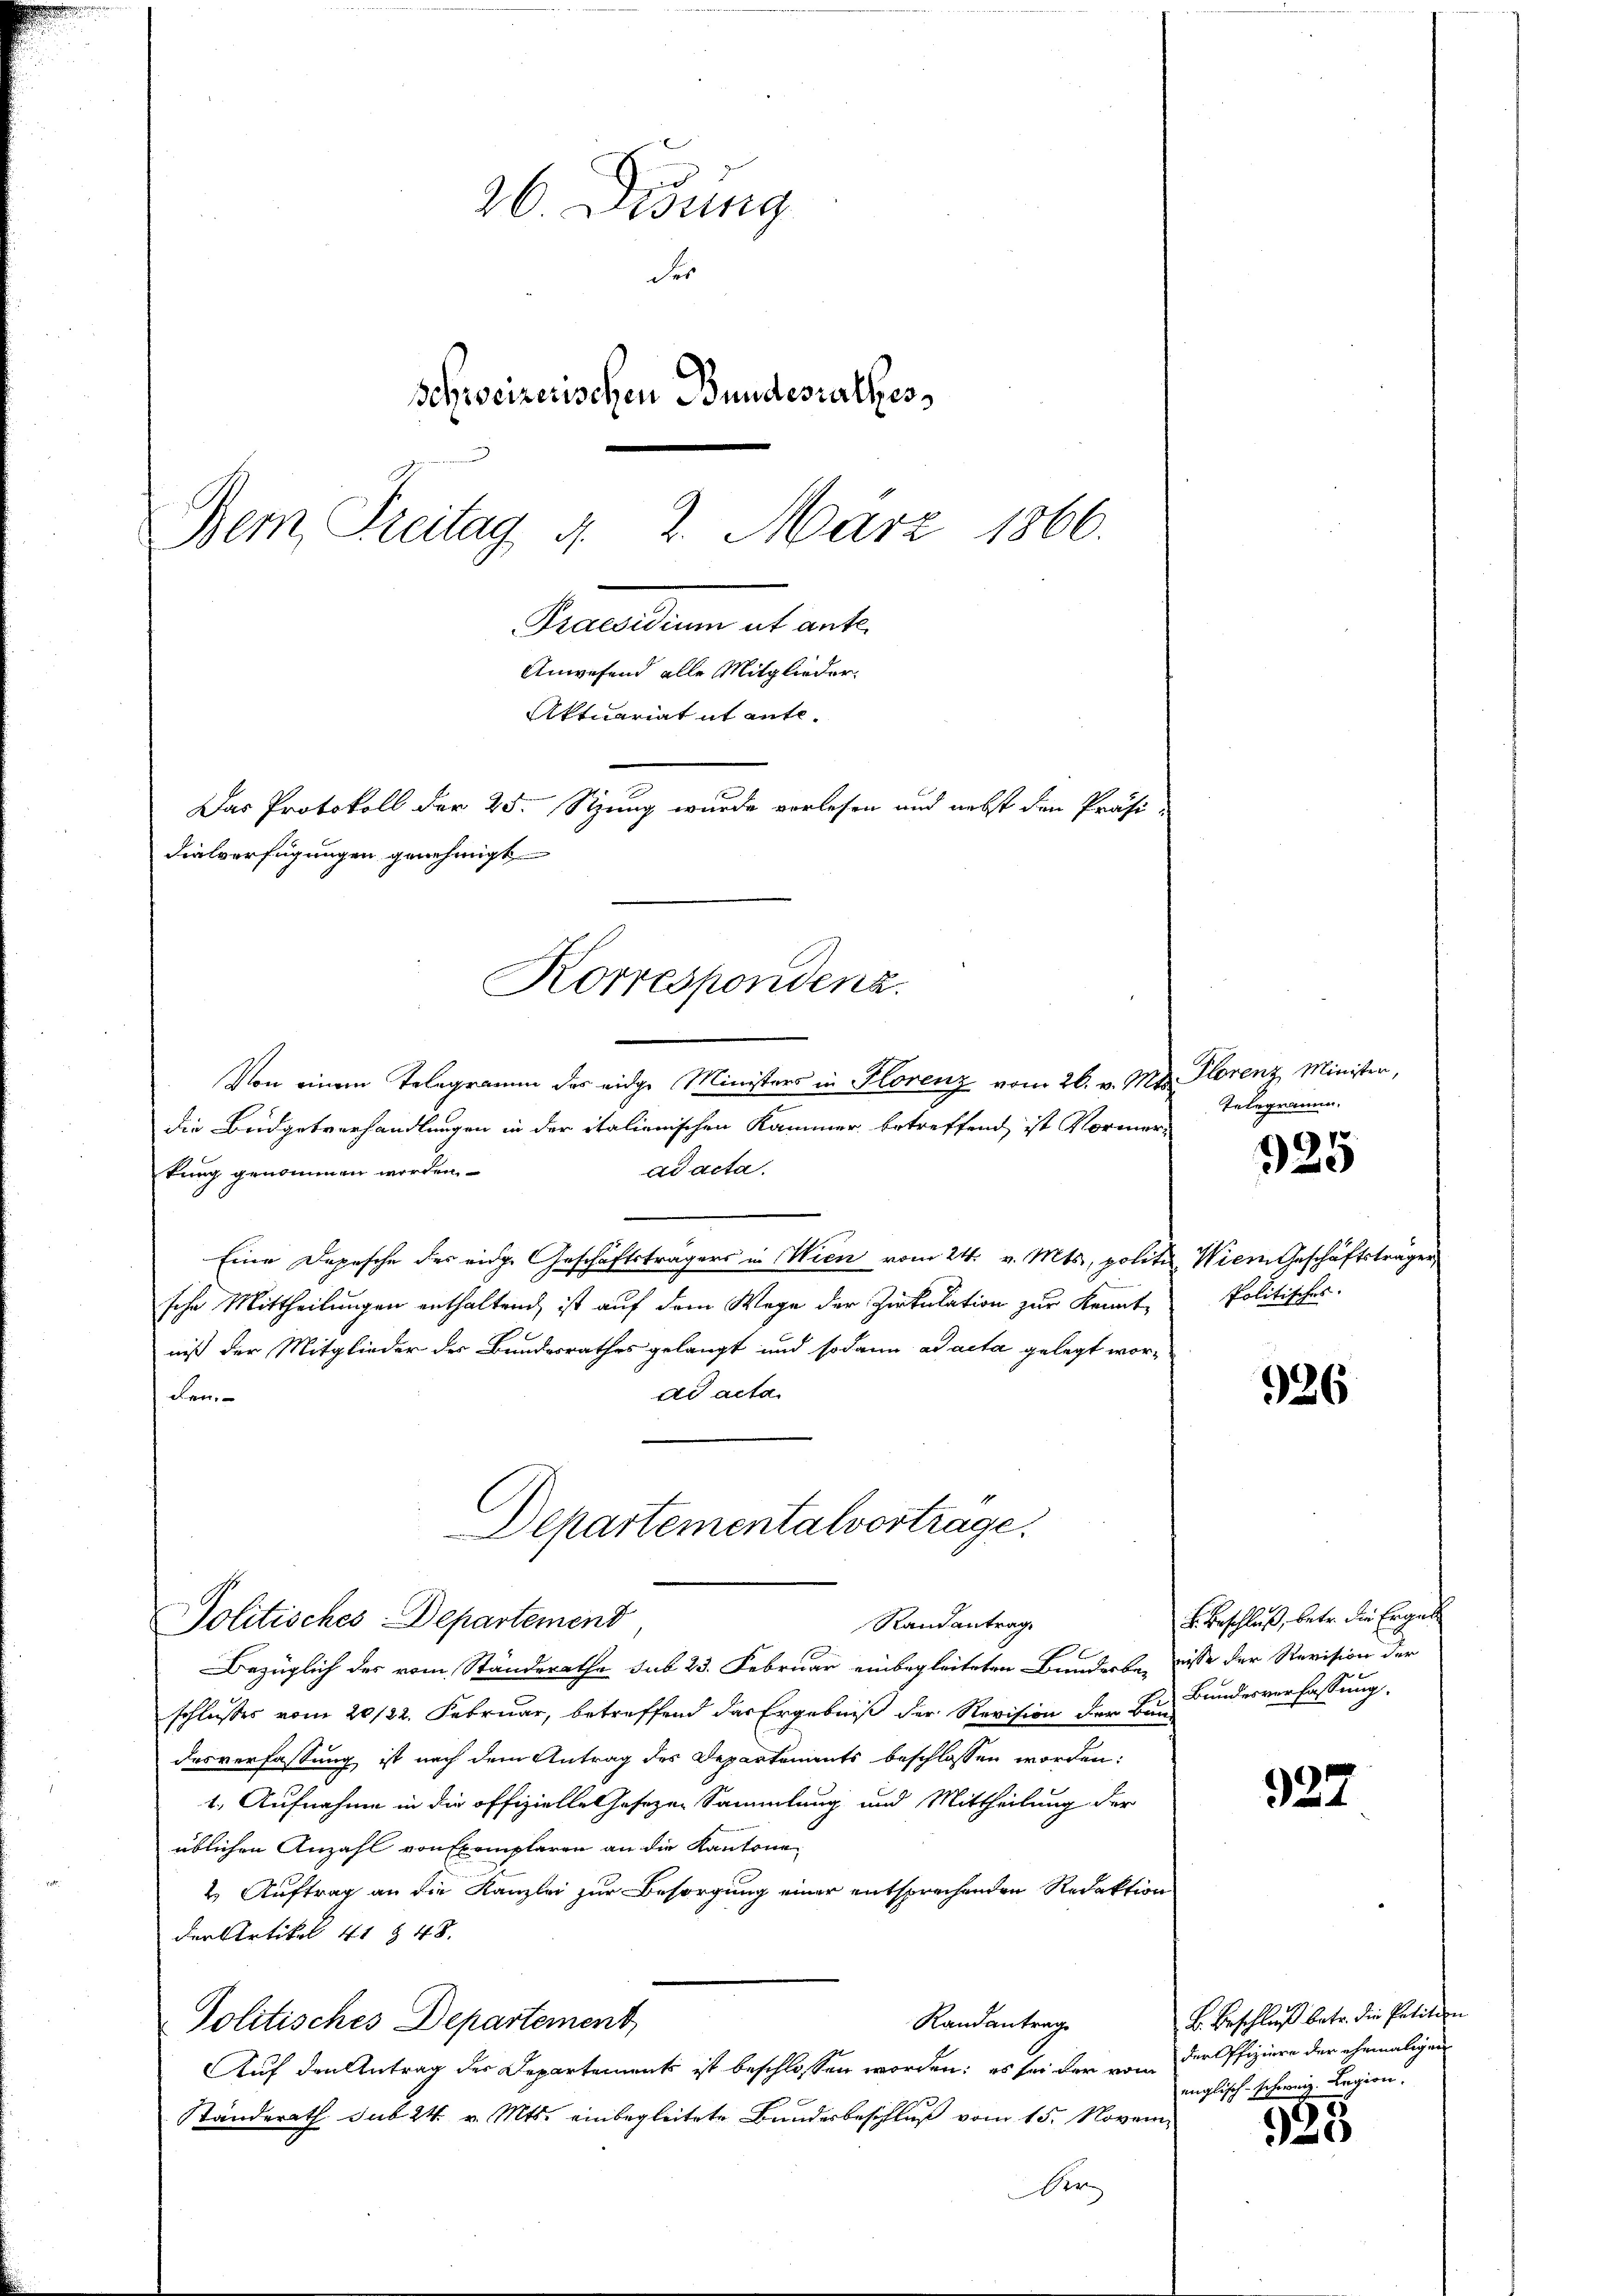
26. Didung
der
schweizerischen Bundesrathes,
Bem Freitag d. 2. März 1866.
Sensaltern alt ante
Anwesend alle Mitglieder.
Aktuariat it ente
Das Protokoll der 25. Sitzung wurde vorlesen und nebst den Präsi-
dialverfügungen genehmigt

Von einem Telegramm des eidge Ministers in Florenz vom 26. v. Mts. Florenz Minister,
die Budgetverhandlungen in der italienischen Kammer betreffend ist Vormerad acta.
tung genommen worden.
Eine Depesche des eidge Geschäftsträgers in Wien vom 24. v. Mts, politer Wien Geschäftsträger
sche Mittheilungen enthaltend, ist auf dem Wege der Zirkulation zur Kenntniß der Mitglieder des Bundesrathes gelangt und sodann ad acta gelegt worad acta.
den.
Departementalvertrage.

Korrespondenz.

Politisches Departement
Randantrag

Telegramm.

2
Bezüglich des vom Ständerathe sub 23. Februar einbegleiteten Banderber wisse der Revision der
schlusses vom 20/22. Februar, betreffend das Ergebniß der Revision der Bundesverfassung ist nach dem Antrag des Departements beschlossen worden:
1. Aufnahme in die offizielle hasezen Sammlung und Mittheilung der
üblichen Anzahl von Exemplaren an die Kantone
2. Auftrag an die Kanzlei zur Besorgung einer entsprechenden Redaktion
der Artikel 41 § 48.
Randantrag
Politisches Departement
Auf den Antrag der Departements ist beschlossen worden; es sei der von der Offiziere der ehemaligen
Ständerath sub 24. v. Mts. einbegleitete Bundesbeschluß vom 15. Novem
Be

p
323

Politisches.

926

v. Beschluß, betr. die Ergeb
Bundesverfassung.

927

B. Beschluß betr. die Petition
englisch-schweiz. Legion.

923